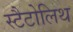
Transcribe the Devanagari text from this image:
स्टैटोलिथ